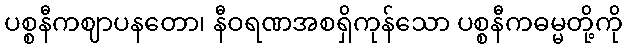
ပစ္စနီကဈာပနတော၊ နီဝရဏအစရှိကုန်သော ပစ္စနီကဓမ္မတို့ကို